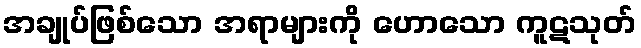
အချုပ်ဖြစ်သော အရာများကို ဟောသော ကူဋသုတ်